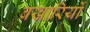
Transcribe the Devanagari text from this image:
बखारियों